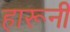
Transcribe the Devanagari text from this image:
हारूनी